65_HS1-834228961_62-HQ-83894_Section_9
Agency: FBI
Page 139
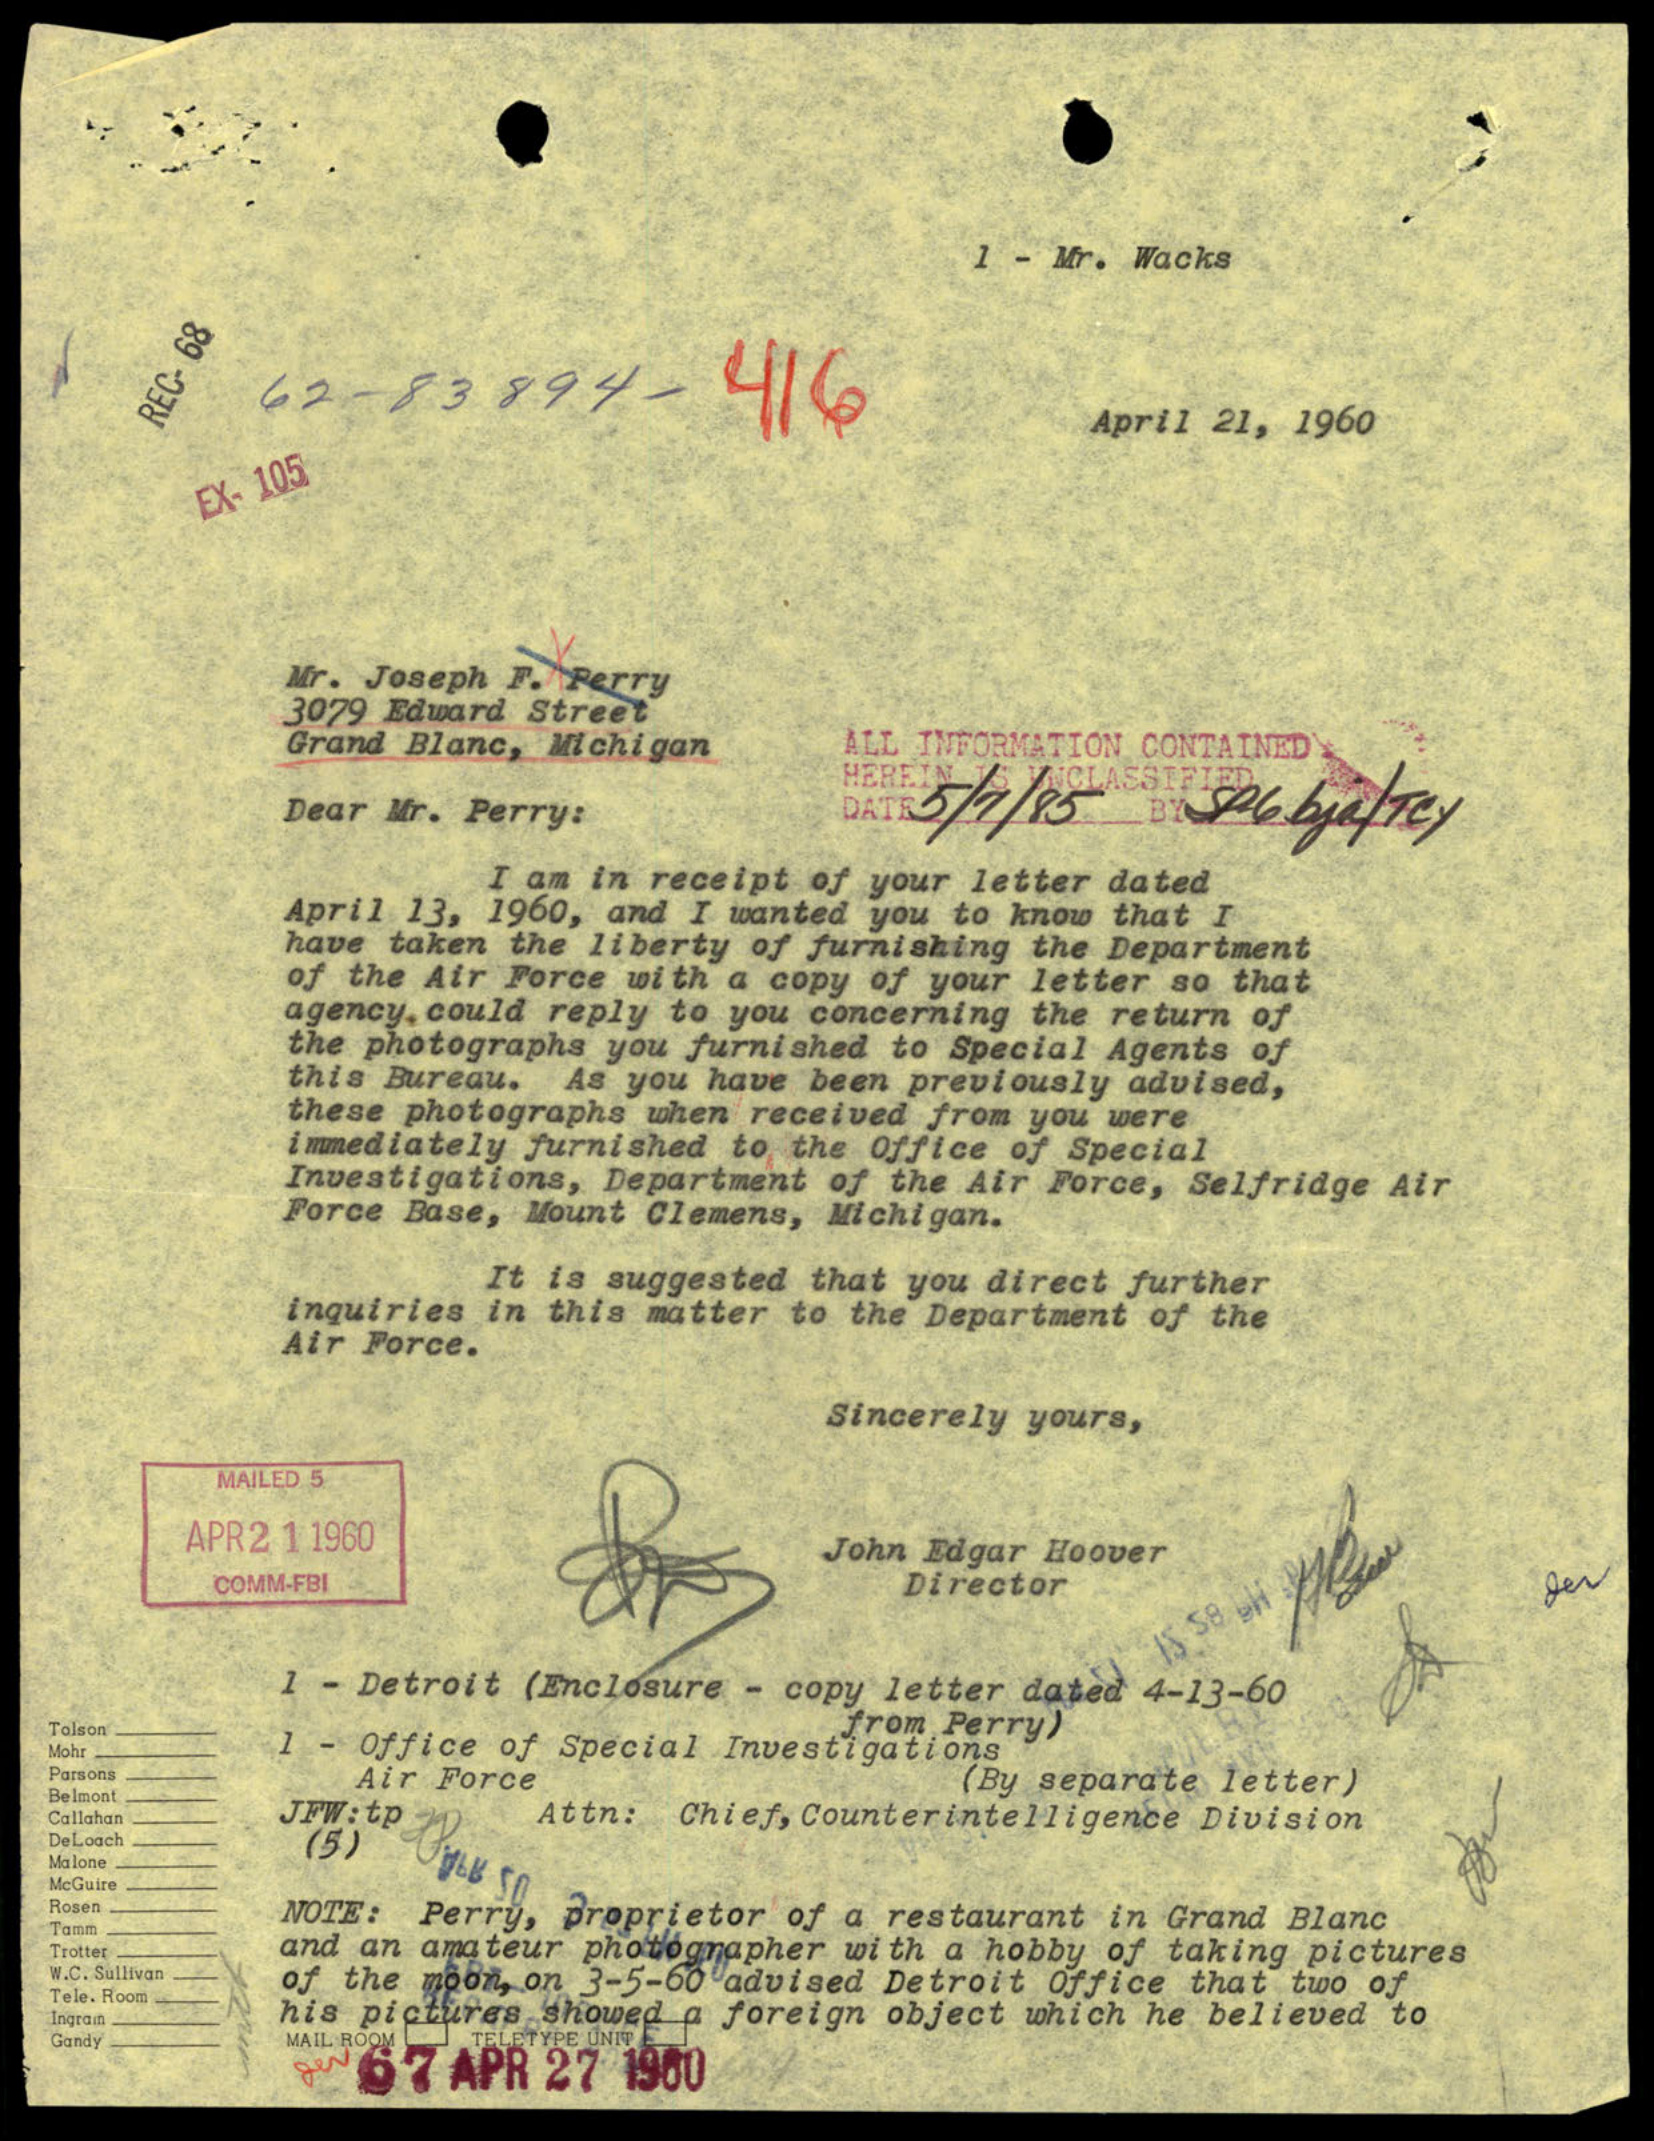